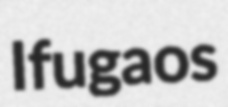
Ifugaos